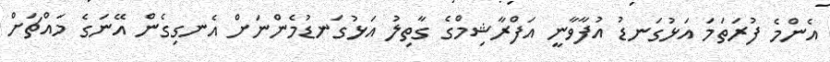
އެންމެ ފުރަތަމަ އަޅުގަނޑު އުފާވާނީ އަފްރާޝިމްގެ ގާތިލު އަޅުގަނޑުމެންނަށް އެނގިގެން އޭނަގެ މައްޗަށް